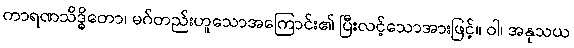
ကာရဏသိဒ္ဓိတော၊ မဂ်တည်းဟူသောအကြောင်း၏ ပြီးလင့်သောအားဖြင့်။ ဝါ၊ အနုသယ